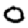
Digit: 0